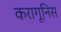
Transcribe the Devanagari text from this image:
करागूनिस